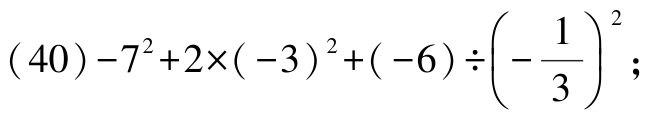
\((40)-7^{2}+2\times(-3)^{2}+(-6)\div\left(-\dfrac{1}{3}\right)^{2};\)